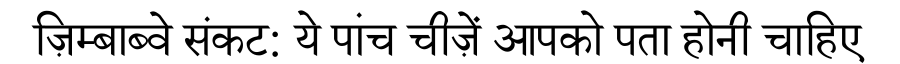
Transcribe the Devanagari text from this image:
ज़िम्बाब्वे संकट: ये पांच चीज़ें आपको पता होनी चाहिए